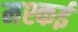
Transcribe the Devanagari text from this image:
मश्कई